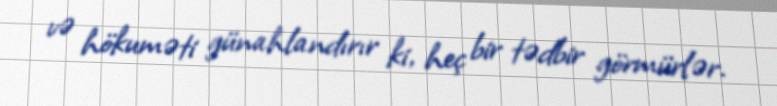
və hökuməti günahlandırır ki, heç bir tədbir görmürlər.